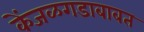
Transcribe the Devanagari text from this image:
केंजळगडाबाबत